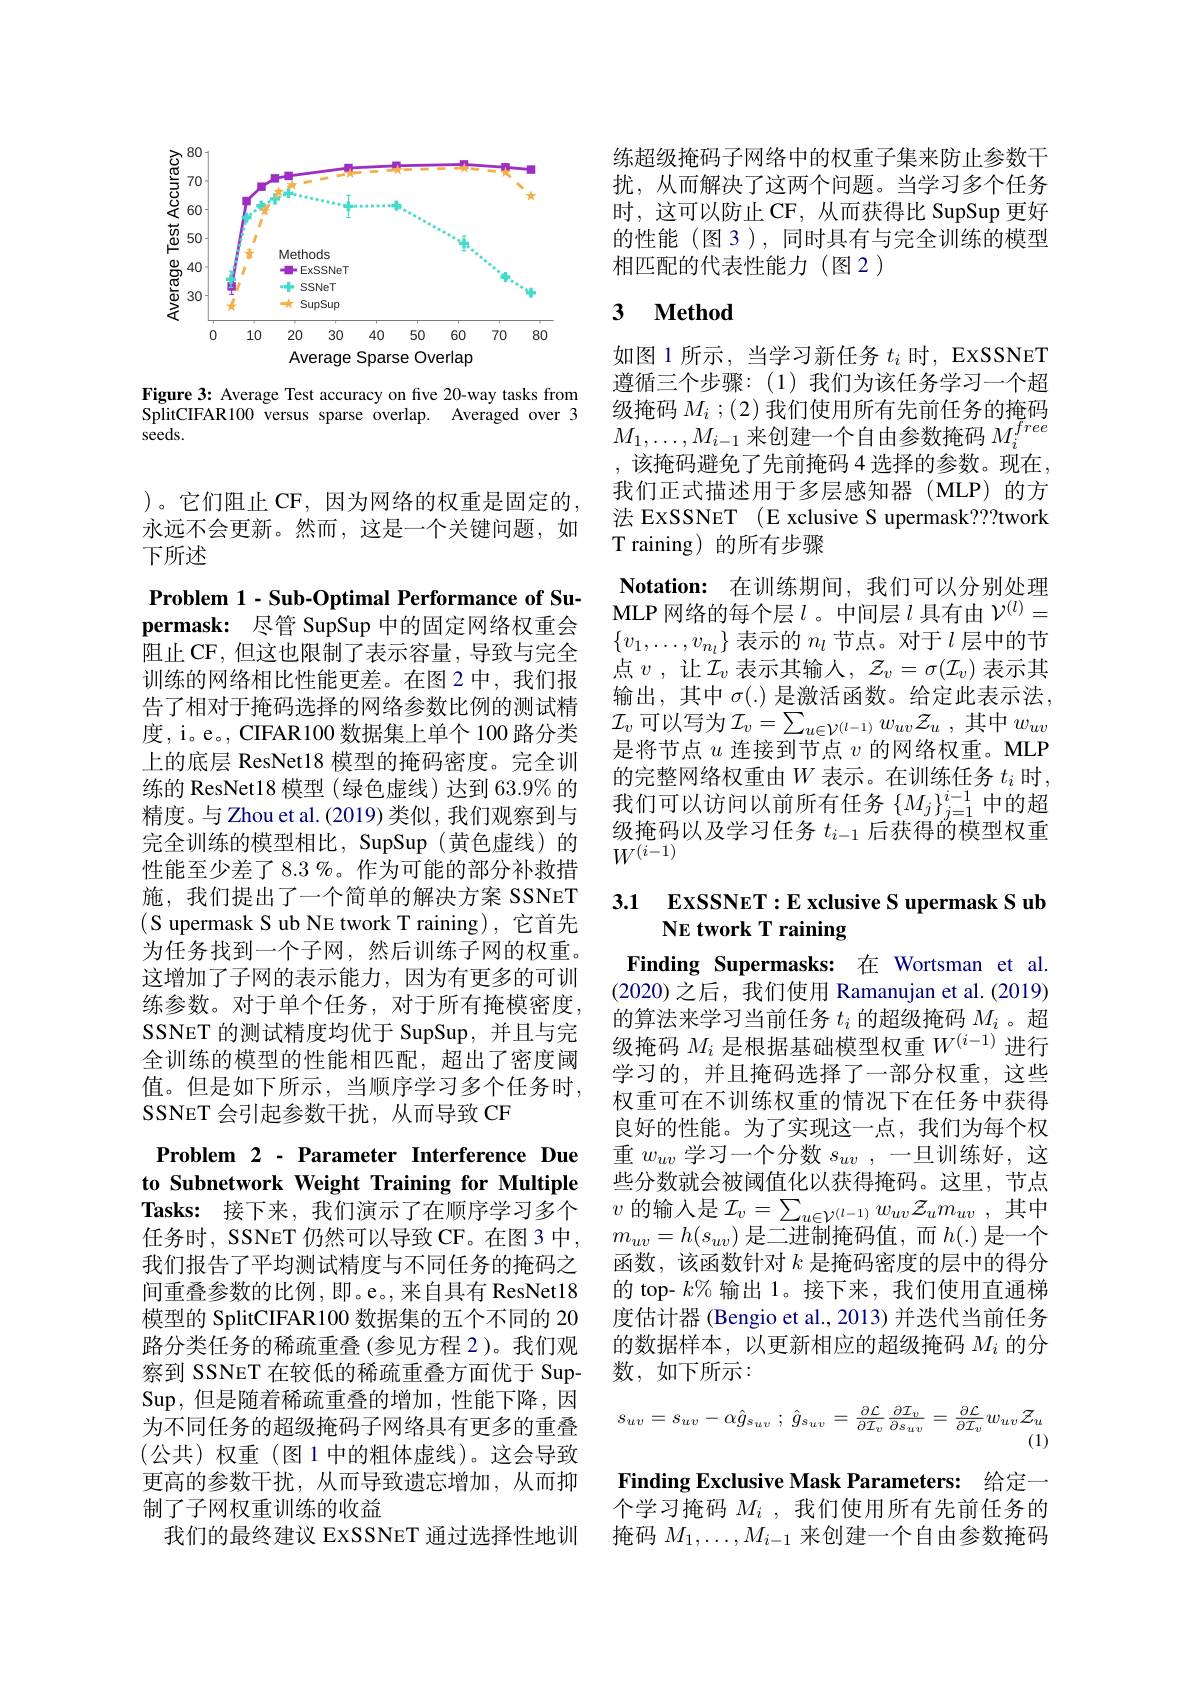
<FigureHere>

Figure 3: Average Test accuracy on five 20-way tasks from SplitCIFAR100 versus sparse overlap. Averaged over 3 seeds.

)。它们阻止 CF,因为网络的权重是固定的， 永远不会更新。然而，这是一个关键问题，如下所述

Problem 1- Sub-Optimal Performance of Supermask: 尽管 SupSup 中的固定网络权重会阻止 CF, 但这也限制了表示容量，导致与完全训练的网络相比性能更差。在图 2 中，我们报告了相对于掩码选择的网络参数比例的测试精度，i。e。, CIFAR100 数据集上单个 100 路分类上的底层 ResNet18 模型的掩码密度。完全训练的 ResNet18 模型 (绿色虚线) 达到 63.9% 的精度。与 Zhou et al. (2019) 类似，我们观察到与完全训练的模型相比，SupSup(黄色虚线)的性能至少差了 8.3 %。作为可能的部分补救措施，我们提出了一个简单的解决方案 SSNET (S upermask S ub NE twork T raining),它首先为任务找到一个子网，然后训练子网的权重。这增加了子网的表示能力，因为有更多的可训练参数。对于单个任务，对于所有掩模密度， SSNET 的测试精度均优于 SupSup, 并且与完全训练的模型的性能相匹配，超出了密度阈值。但是如下所示，当顺序学习多个任务时， SSNET 会引起参数干扰，从而导致 CF

Problem 2 - Parameter Interference Due to Subnetwork Weight Training for Multiple

Tasks: 接下来，我们演示了在顺序学习多个任务时，SSNET 仍然可以导致 CF。在图 3 中， 我们报告了平均测试精度与不同任务的掩码之间重叠参数的比例，即。e。,来自具有 ResNet18模型的 SplitCIFAR100 数据集的五个不同的 20路分类任务的稀疏重叠(参见方程 2)。我们观察到 SSNET 在较低的稀疏重叠方面优于 SupSup,但是随着稀疏重叠的增加，性能下降，因为不同任务的超级掩码子网络具有更多的重叠(公共)权重(图1中的粗体虚线)。这会导致更高的参数干扰，从而导致遗忘增加，从而抑制了子网权重训练的收益
我们的最终建议 ExSSNET 通过选择性地训

练超级掩码子网络中的权重子集来防止参数干扰，从而解决了这两个问题。当学习多个任务时，这可以防止 CF, 从而获得比 SupSup 更好的性能(图3),同时具有与完全训练的模型相匹配的代表性能力(图2)

### 3 $\textbf{Method}$

如图 1 所示，当学习新任务$t_i$时，EXSSNET 遵循三个步骤：(1)我们为该任务学习一个超级掩码$M_i$ ;(2) 我们使用所有先前任务的掩码$M_1,\ldots,M_{i-1}$来创建一个自由参数掩码$M_i^{free}$ ,该掩码避免了先前掩码4选择的参数。现在我们正式描述用于多层感知器(MLP)的方法 EXSSNET (E xclusive S upermask??twork T raining) 的所有步骤
$\textbf{Notation: 在 训 练 期 间 , 我 们 可 以 分 别 处 理 }$ MLP 网络的每个层$l$ 。中间层$\iota$具有由$\mathcal{V}^{(l)}=$ $\{v_1,\ldots,v_{n_l}\}$表示的$n_l$节点。对于$l$层中的节点$v$ ,让$\mathcal{I}_v$表示其输人$,~\mathcal{Z}_v=\sigma(\mathcal{I}_v)$表示其输出，其中 $\sigma(.)$ 是激活函数。给定此表示法， $\mathcal{I}_v$可以写为$\mathcal{I}_v=\sum_u\in\mathcal{V}^{(l-1)}w_{uv}\mathcal{Z}_u$,其中$w_uv$ 是将节点$u$连接到节点$v$的网络权重。MLP 的完整网络权重由$W$ 表示。在训练任务 $t_i$ 时， 我们可以访问以前所有任务$\{M_j\}_{j=1}^{i-1}$中的超级掩码以及学习任务$t_i- 1\textit{后 获 得 的 模 型 权 重 }$ $W^{(i-1)}$

## 3.1 ExSSNET:E xclusive S upermask S ub NE twork T raining

Finding Supermasks: 在 Wortsman et al (2020)之后，我们使用 Ramanujan et al.(2019) 的算法来学习当前任务$t_i$的超级掩码$M_i$ 。超级掩码$M_i$是根据基础模型权重$W^{(i-1)}$进行学习的，并且掩码选择了一部分权重，这些权重可在不训练权重的情况下在任务中获得良好的性能。为了实现这一点，我们为每个权重$w_{uv}$学习一个分数$s_uv$,一旦训练好，这些分数就会被阈值化以获得掩码。这里，节点$v$ 的输入是 $\mathcal{I} _v= \sum _u\in \mathcal{V} ^{( l- 1) }w_{uv}\mathcal{Z} _um_{uv}$ ,其中$m_{uv}=h(s_{uv})$是二进制掩码值，而$h(.)$是一个函数，该函数针对$k$是掩码密度的层中的得分的 top- $k\%$输出 1。接下来，我们使用直通梯度估计器 (Bengio et al., 2013) 并迭代当前任务的数据样本，以更新相应的超级掩码$M_i$的分数，如下所示：
$$\begin{matrix}s_{uv}=s_{uv}-\alpha\hat{g}_{s_{uv}}\:;\:\hat{g}_{s_{uv}}=\frac{\partial\mathcal{L}}{\partial\mathcal{I}_{v}}\frac{\partial\mathcal{I}_{v}}{\partial s_{uv}}=\frac{\partial\mathcal{L}}{\partial\mathcal{I}_{v}}w_{uv}\mathcal{Z}_{u}\\(1)\end{matrix}$$
Finding Exclusive Mask Parameters: 给定一个学习掩码$M_i$ ,我们使用所有先前任务的

掩码$M_1,\ldots,M_{i-1}$来创建一个自由参数掩码